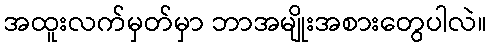
အထူးလက်မှတ်မှာ ဘာအမျိုးအစားတွေပါလဲ။